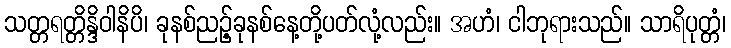
သတ္တရတ္တိန္ဒိဝါနိပိ၊ ခုနစ်ညဉ့်ခုနစ်နေ့တို့ပတ်လုံ့လည်း။ အဟံ၊ ငါဘုရားသည်။ သာရိပုတ္တံ၊